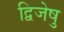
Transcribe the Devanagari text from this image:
द्विजेषु